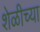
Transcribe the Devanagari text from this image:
शेळीच्या